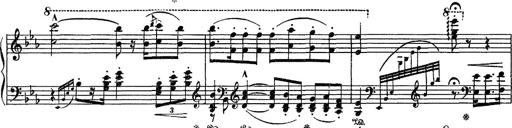
Title: Fantaisie sur des motifs favoris de l'opÃ©ra 'La sonnambula'
Composer: Franz Liszt